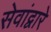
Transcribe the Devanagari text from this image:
सेवांद्वारे